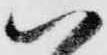
ハ